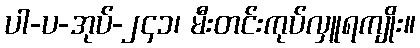
ပါ-ပ-အုပ်-၂၄၁၊ မီးတင်းကုပ်လှူရကျိုး။